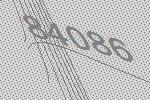
84086